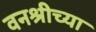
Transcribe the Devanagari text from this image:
वनश्रीच्या